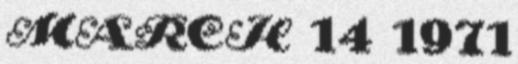
MARCH 14 1971